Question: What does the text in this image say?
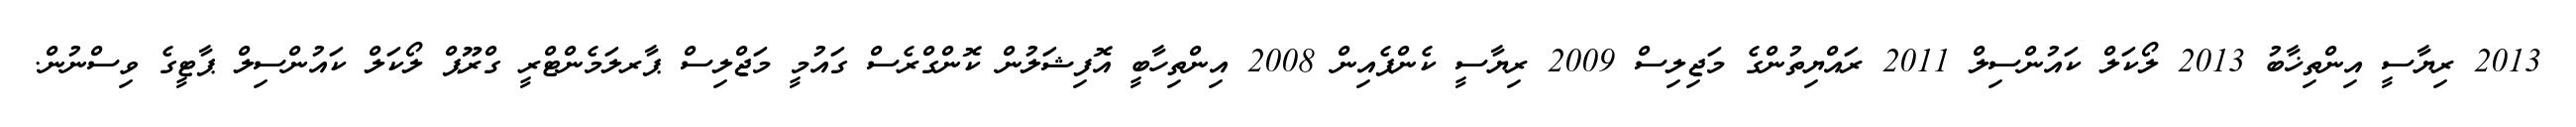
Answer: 2013 ރިޔާސީ އިންތިޚާބު 2013 ލޯކަލް ކައުންސިލް 2011 ރައްޔިތުންގެ މަޖިލިސް 2009 ރިޔާސީ ކެންޕެއިން 2008 އިންތިހާބީ އޮފިޝަލުން ކޮންގްރެސް ގައުމީ މަޖްލިސް ޕާރލަމެންޓްރީ ގްރޫޕް ލޯކަލް ކައުންސިލް ޕާޓީގެ ވިސްނުން.